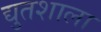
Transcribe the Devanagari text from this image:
द्युतशाला